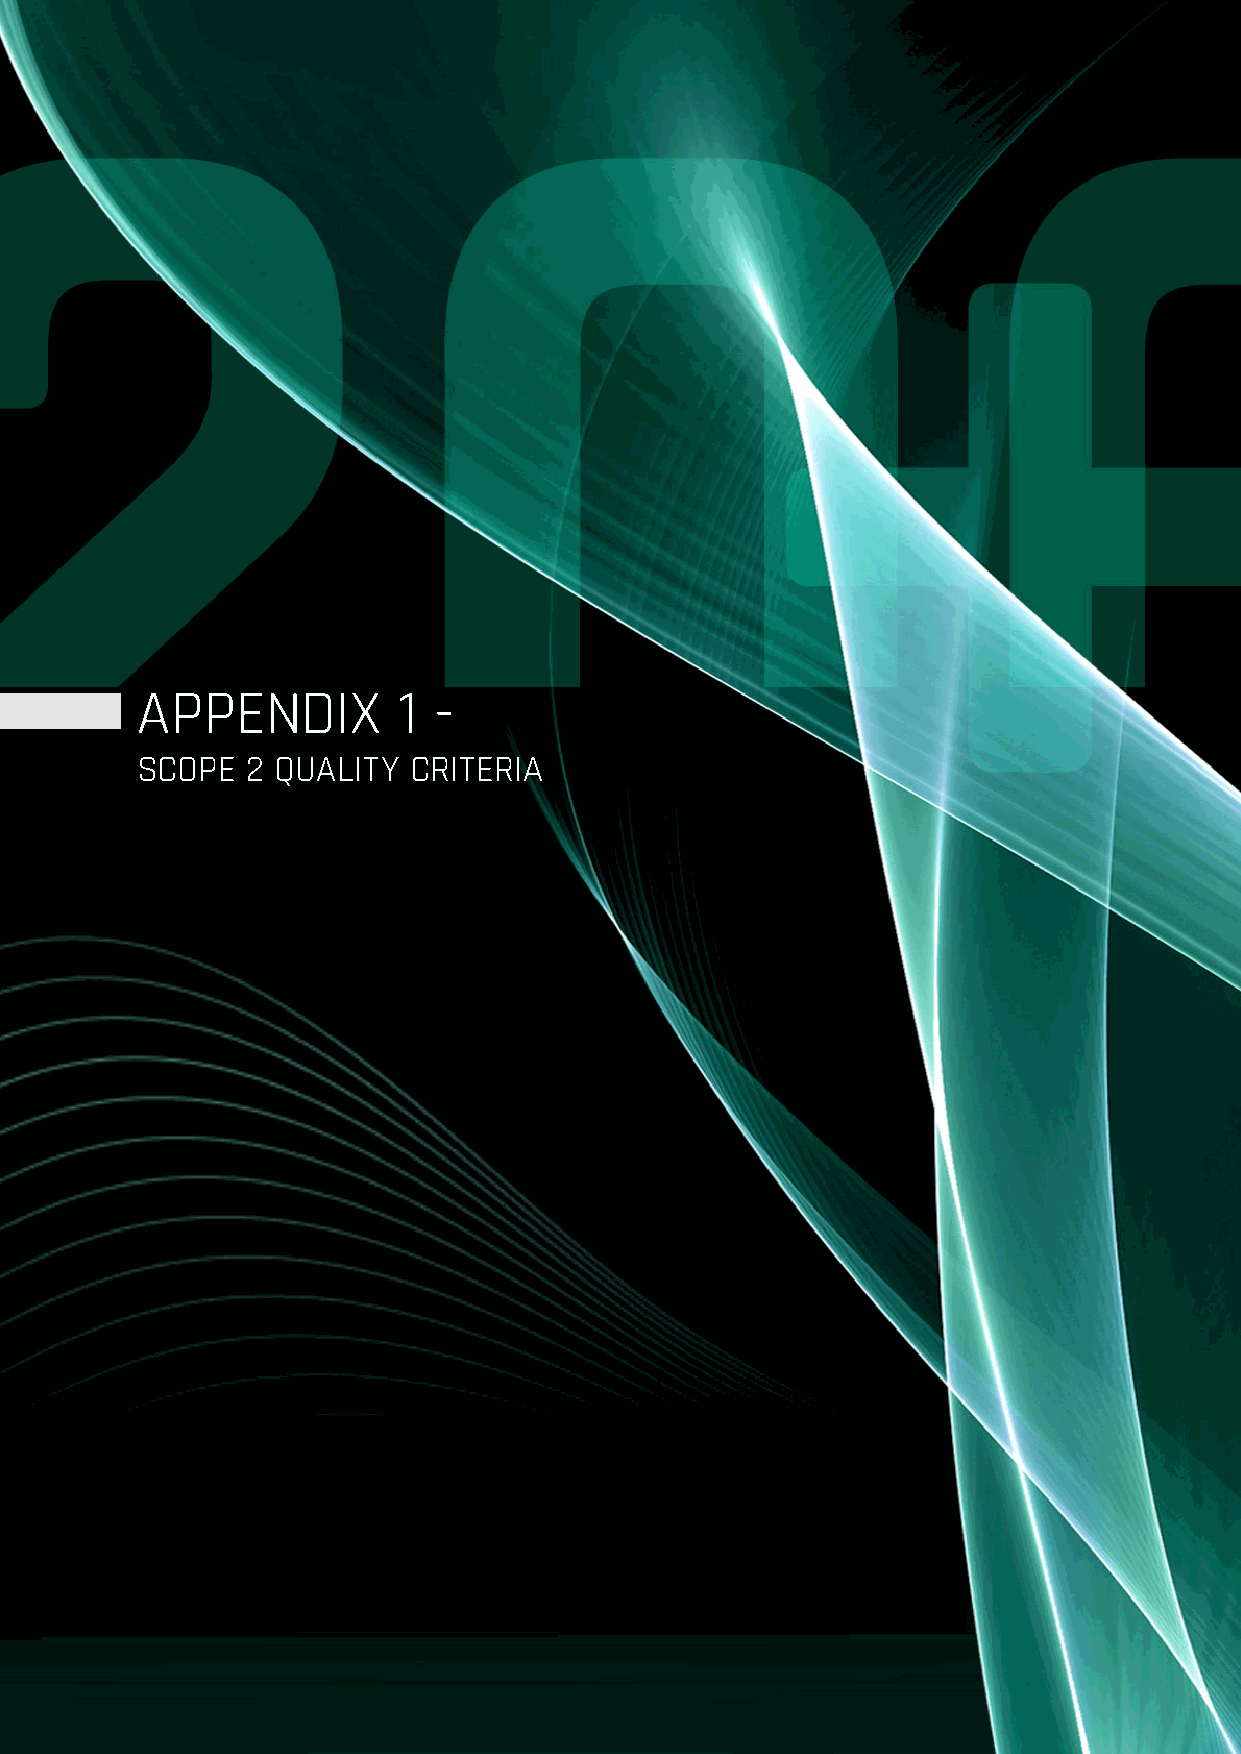
APPENDIX         1  -
 SCOPE  2 QUALITY  CRITERIA
 30 | CRYPTO CLIMATE ACCORD